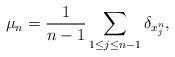
LaTeX: \begin{align*} \mu_{n}=\frac{1}{n-1}\sum_{1\leq j\leq n-1}\delta_{x_j^n},\end{align*}